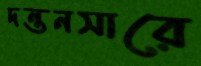
দন্তনসারে